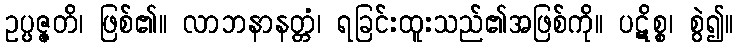
ဥပ္ပဇ္ဇတိ၊ ဖြစ်၏။ လာဘနာနတ္တံ၊ ရခြင်းထူးသည်၏အဖြစ်ကို။ ပဋိစ္စ၊ စွဲ၍။